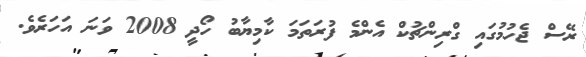
ރޭސް ޖެހުމުގައި ގްރިންޗުކް އެންމެ ފުރަތަމަ ކާމިޔާބު ހޯދީ 2008 ވަނަ އަހަރެވެ.